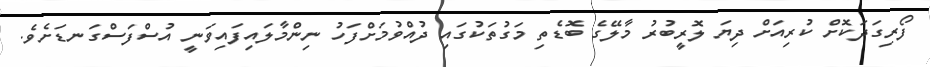
ފޯރިގަދަކޮށް ކުރިއަށް ދިޔަ ލޮރީބުރު މާލޭގެ ބޮޑެތި މަގުތަކުގައި ދުއްވުމަށްފަހު ނިންމާލައިފައިވަނީ އުސްފަސްގަނޑަށެވެ.